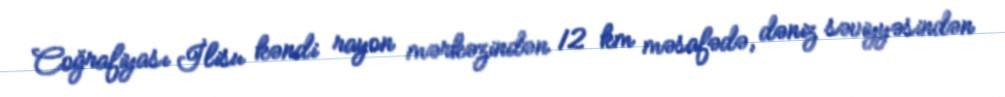
Coğrafiyası İlisu kəndi rayon mərkəzindən 12 km məsafədə, dəniz səviyyəsindən